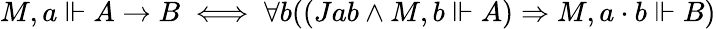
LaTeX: M,a\Vdash A\to B\iff\forall b((Jab\land M,b\Vdash A)\Rightarrow M,a\cdot b\Vdash B)